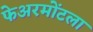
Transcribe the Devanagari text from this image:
फेअरमोंटला